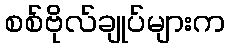
စစ်ဗိုလ်ချုပ်များက